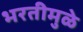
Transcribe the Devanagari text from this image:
भरतीमुळे